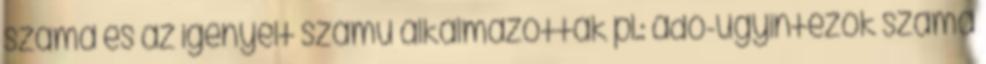
száma és az igényelt számú alkalmazottak pl.: adó-ügyintézők száma